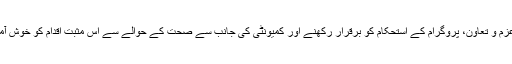
ان کامیابیوں کے حصول میں حکومت پاکستان کے عزم و تعاون، پروگرام کے استحکام کو برقرار رکھنے اور کمیونٹی کی جانب سے صحت کے حوالے سے اس مثبت اقدام کو خوش آمدید کہنے جیسے عوامل نے کلیدی کردار ادا کیا ہے۔